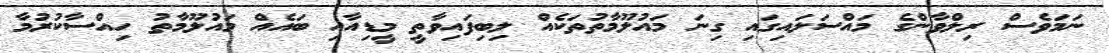
ނަމަވެސް ރިލްވާންގެ މައްސަލައިގައި ގިނަ މައުލޫމާތުތަކެއް ލިބިފައިވާތީ މީޑިއާއި ބައެއް މައުލޫމާތު ހިއްސާކުރުމާ